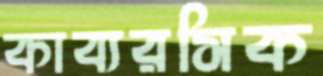
কাব্যরসিক